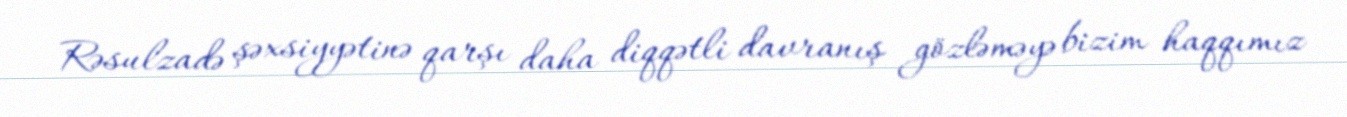
Rəsulzadə şəxsiyyətinə qarşı daha diqqətli davranış gözləməyə bizim haqqımız